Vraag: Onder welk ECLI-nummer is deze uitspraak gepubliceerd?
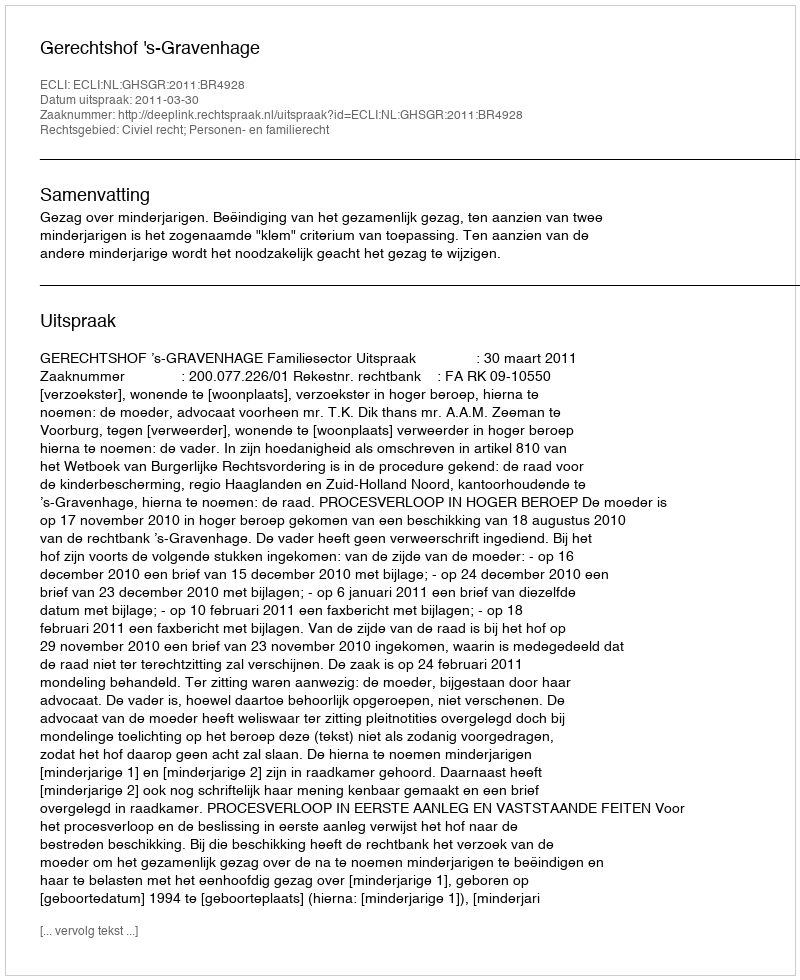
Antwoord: ECLI:NL:GHSGR:2011:BR4928